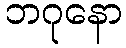
ဘဂုနော